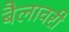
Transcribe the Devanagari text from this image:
बैलावरी